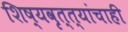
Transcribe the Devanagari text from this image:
शिष्यवृत्त्यांचाही